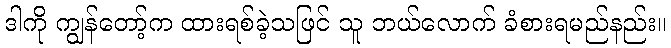
ဒါကို ကျွန်တော့်က ထားရစ်ခဲ့သဖြင် သူ ဘယ်လောက် ခံစားရမည်နည်း။